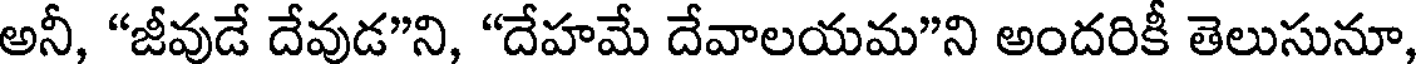
అనీ, "జీవుడే దేవుడ"ని, "దేహమే దేవాలయమ"ని అందరికీ తెలుసునూ,